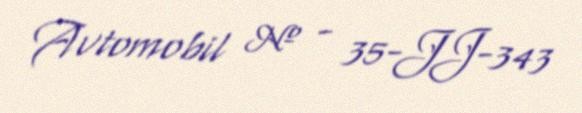
Avtomobil № - 35-JJ-343